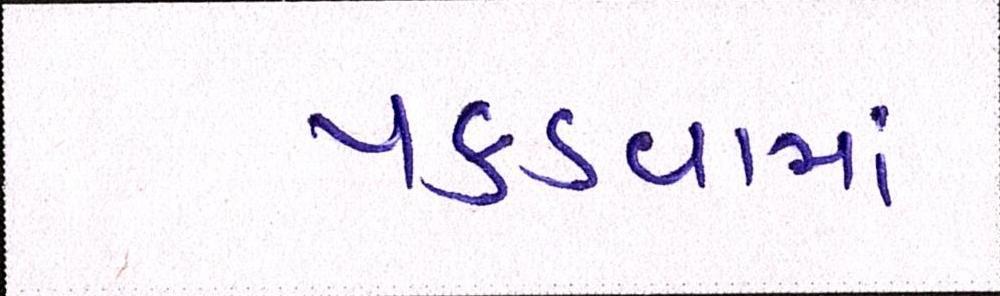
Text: પકડવામાં